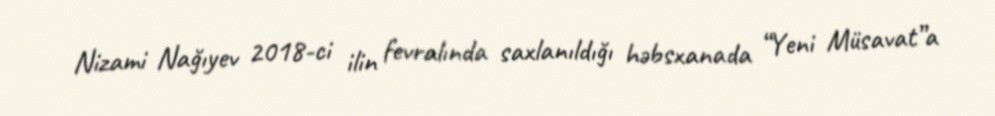
Nizami Nağıyev 2018-ci ilin fevralında saxlanıldığı həbsxanada “Yeni Müsavat”a